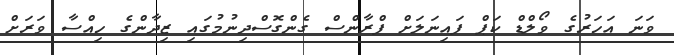
ވަނަ އަހަރުގެ ވޯލްޑް ކަޕް ފައިނަލަށް ފްރާންސް ގެންގޮސްދިނުމުގައި ޒިދާންގެ ހިއްސާ ވަރަށް